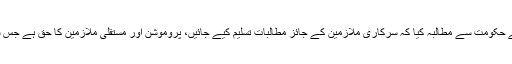
مظاہرین سے خطاب کرتے ہوئے انہوں نے حکومت سے مطالبہ کیا کہ سرکاری ملازمین کے جائز مطالبات تسلیم کیے جائیں، پروموشن اور مستقلی ملازمین کا حق ہے جس سے حکومت راہِ فراراختیار نہیں کر سکتی۔